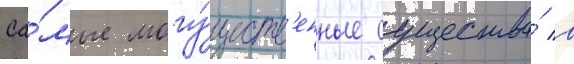
Са́мые могу́ществ'енные существа́ в